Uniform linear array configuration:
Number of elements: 64
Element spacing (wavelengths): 0.75
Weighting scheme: exponential
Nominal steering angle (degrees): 45
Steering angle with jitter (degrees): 46.47
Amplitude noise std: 0.05
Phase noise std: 0.05

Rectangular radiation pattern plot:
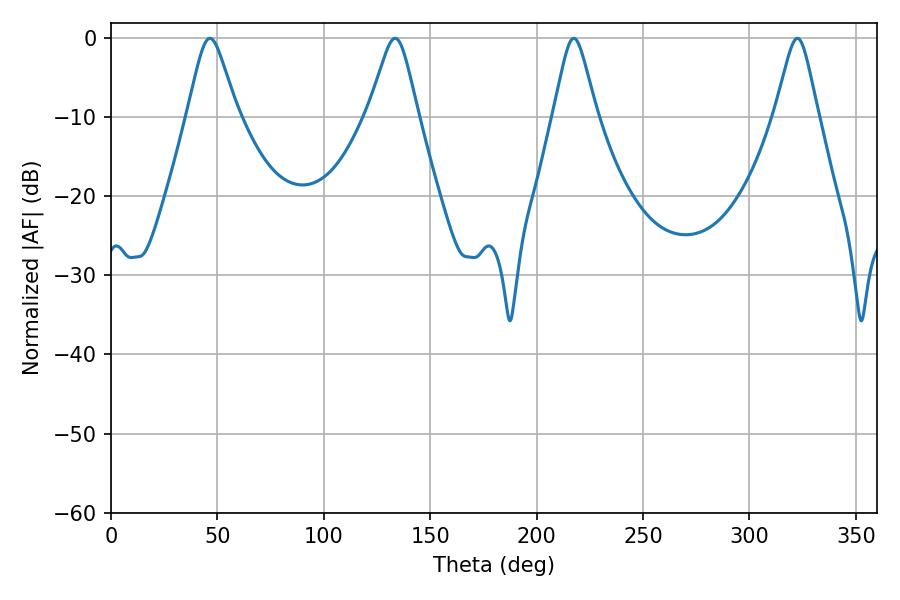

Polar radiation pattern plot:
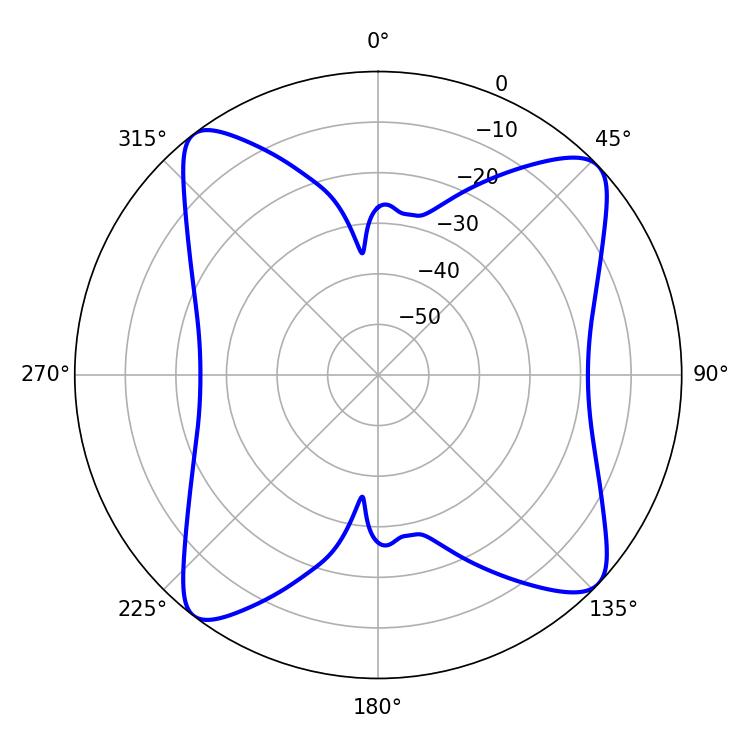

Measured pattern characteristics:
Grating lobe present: TRUE
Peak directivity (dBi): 12.772
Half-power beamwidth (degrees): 9.72
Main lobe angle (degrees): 217.44